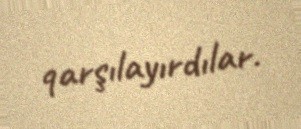
qarşılayırdılar.